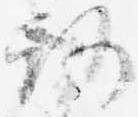
路